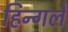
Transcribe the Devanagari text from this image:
हिन्गले